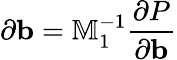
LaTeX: \partial\mathbf{b}=\mathbb{M}_{1}^{-1}\frac{\partial P}{\partial{\mathbf b}}